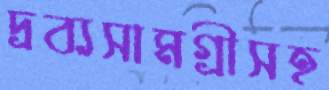
দ্রব্যসামগ্রীসহ